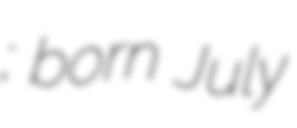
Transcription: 单霁翔; born July